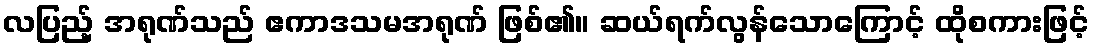
လပြည့် အရုဏ်သည် ဧကာဒသမအရုဏ် ဖြစ်၏။ ဆယ်ရက်လွန်သောကြောင့် ထိုစကားဖြင့်